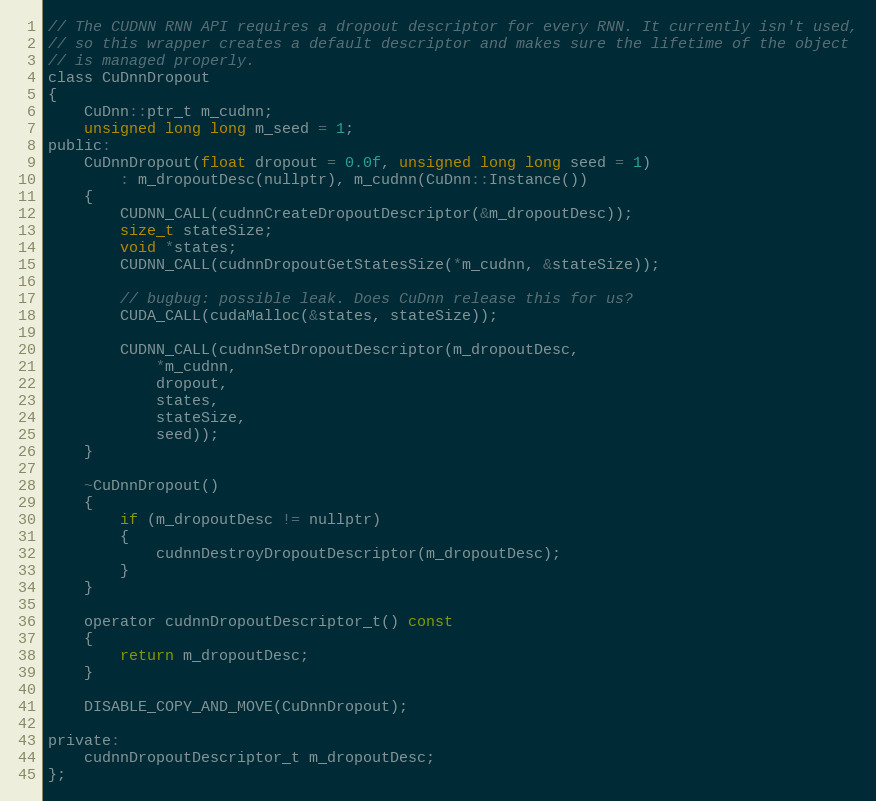
Language: C
// The CUDNN RNN API requires a dropout descriptor for every RNN. It currently isn't used,
// so this wrapper creates a default descriptor and makes sure the lifetime of the object
// is managed properly.
class CuDnnDropout
{
    CuDnn::ptr_t m_cudnn;
    unsigned long long m_seed = 1;
public:
    CuDnnDropout(float dropout = 0.0f, unsigned long long seed = 1)
        : m_dropoutDesc(nullptr), m_cudnn(CuDnn::Instance())
    {
        CUDNN_CALL(cudnnCreateDropoutDescriptor(&m_dropoutDesc));
        size_t stateSize;
        void *states;
        CUDNN_CALL(cudnnDropoutGetStatesSize(*m_cudnn, &stateSize));

        // bugbug: possible leak. Does CuDnn release this for us?
        CUDA_CALL(cudaMalloc(&states, stateSize));

        CUDNN_CALL(cudnnSetDropoutDescriptor(m_dropoutDesc,
            *m_cudnn,
            dropout,
            states,
            stateSize,
            seed));
    }

    ~CuDnnDropout()
    {
        if (m_dropoutDesc != nullptr)
        {
            cudnnDestroyDropoutDescriptor(m_dropoutDesc);
        }
    }

    operator cudnnDropoutDescriptor_t() const
    {
        return m_dropoutDesc;
    }

    DISABLE_COPY_AND_MOVE(CuDnnDropout);

private:
    cudnnDropoutDescriptor_t m_dropoutDesc;
};